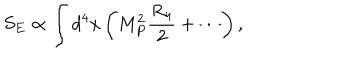
S _ { E } \propto \int d ^ { 4 } x \left( M _ { P } ^ { 2 } \frac { R _ { 4 } } { 2 } + \cdots \right) ,